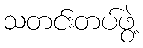
သတင်းတပ်ဖွဲ့